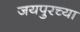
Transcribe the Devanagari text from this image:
जयपुरच्या